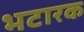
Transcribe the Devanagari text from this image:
भटारक